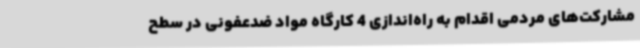
مشارکت‌های مردمی اقدام به راه‌اندازی 4 کارگاه مواد ضدعفونی در سطح